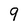
Character: 9